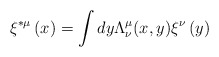
\begin{align*}\xi ^{*\mu }\left( x\right) =\int dy\Lambda _{\nu }^{\mu }(x,y)\xi ^{\nu}\left( y\right) \end{align*}